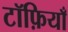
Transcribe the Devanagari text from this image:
टॉफ़ियाँ